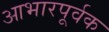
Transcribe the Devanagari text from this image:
आभारपूर्वक